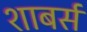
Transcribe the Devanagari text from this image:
शाबर्स